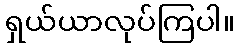
ရှယ်ယာလုပ်ကြပါ။